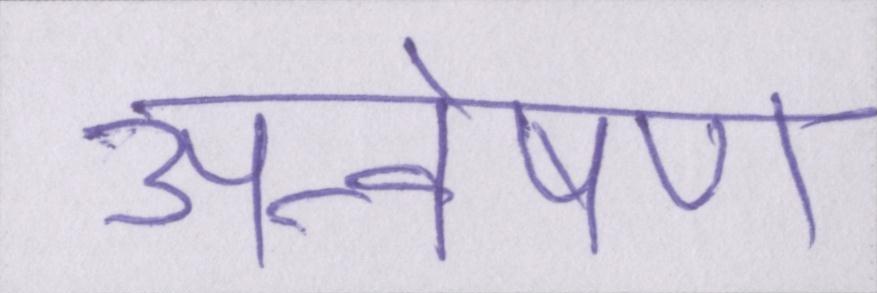
अन्वेषण